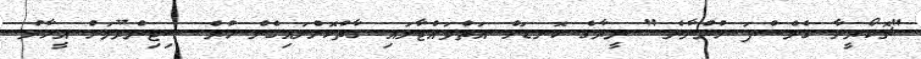
"ޗޮކޯރީނާ ގެނެސްފަ ހުންނާނެ." ނީރާގެ ކޮނޑަށް އަތްވައްޓާލައި ގާތްކޮށްލައިގެން ހުރެ ސިޓިންރޫމަށް އީހާނު